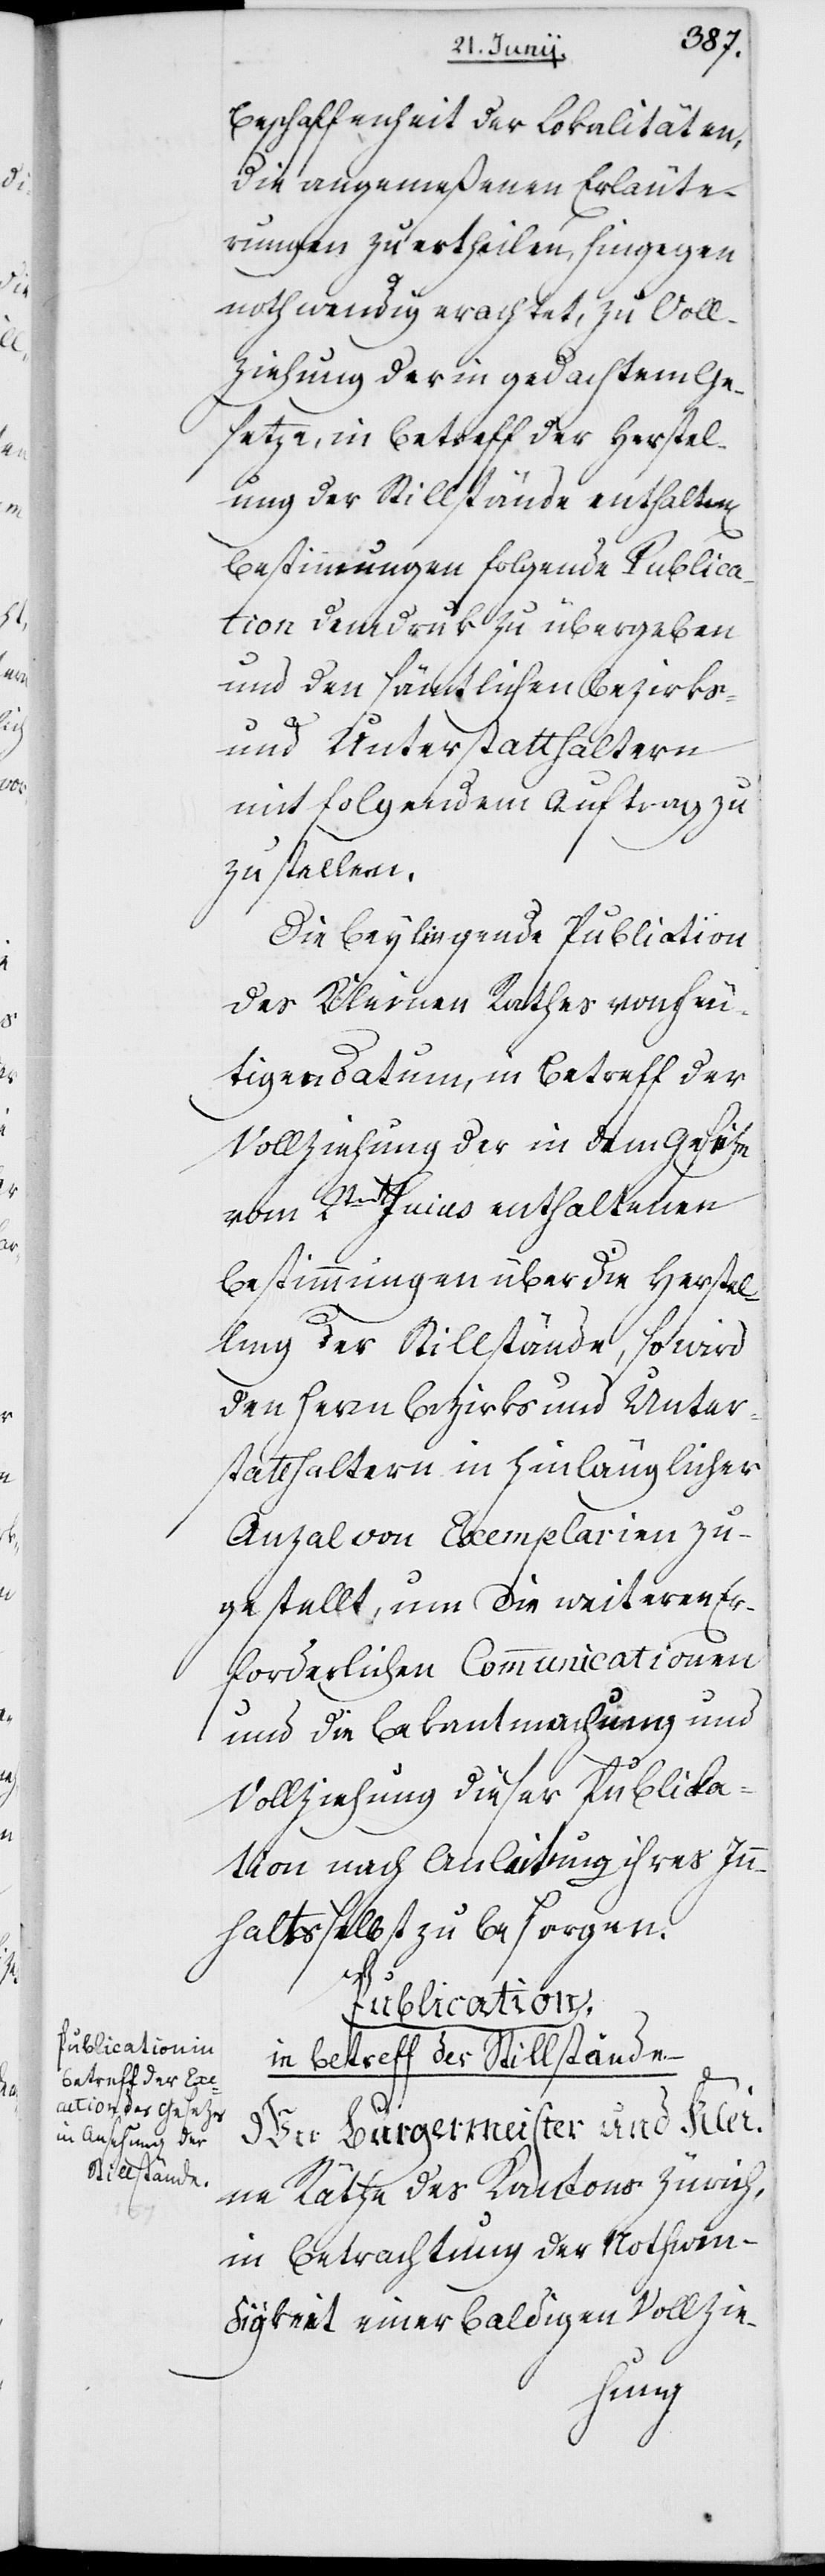
Beschaffenheit der Lokalitäten,
die angemeßenen Erläute¬
rungen zu ertheilen, hingegen
nothwendig erachtet, zu Voll¬
ziehung der in gedachtem Ge¬
setze, in Betreff der Herstell¬
ung der Stillstände enthaltenen
Bestimmungen folgende Publica¬
tion dem Druk zu übergeben
und den sämtlichen Bezirks-
und Unterstatthaltern
mit folgendem Auftrag zu
zustellen.
Die beyliegende Publication
des Kleinen Rathes von heu¬
tigem Datum, in Betreff der
Vollziehung der in dem Gesetz
vom 2ten hujus enthaltenen
Bestimmungen über die Herstel¬
lung der Stillstände, so wird
den Herrn Bezirks- und Unter¬
statthaltern in hinlänglicher
Anzahl von Exemplarien zu¬
gestellt, um die weiteren er¬
forderlichen Communicationen
und die Bekanntmachung und
Vollziehung dieser Publica¬
tion nach Anleitung ihres Inn¬
halts selbst zu besorgen.
Publication.
in Betreff der Stillstände
Wir Burgermeister und Klei¬
ne Räthe des Kantons Zürich,
in Betrachtung der Nothwen¬
digkeit einer baldigen Vollzie-